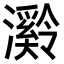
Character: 𪷶